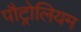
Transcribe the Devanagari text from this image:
पौट्रोलियम